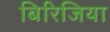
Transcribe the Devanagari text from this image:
बिरिजिया